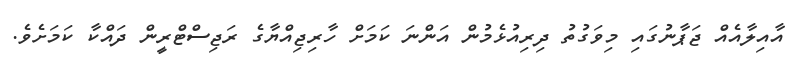
އާއިލާއެއް ޖަޕާނުގައި މިވަގުތު ދިރިއުޅެމުން އަންނަ ކަމަށް ހާރިޖިއްޔާގެ ރަޖިސްޓްރީން ދައްކާ ކަމަށެވެ.